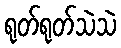
ရုတ်ရုတ်သဲသဲ